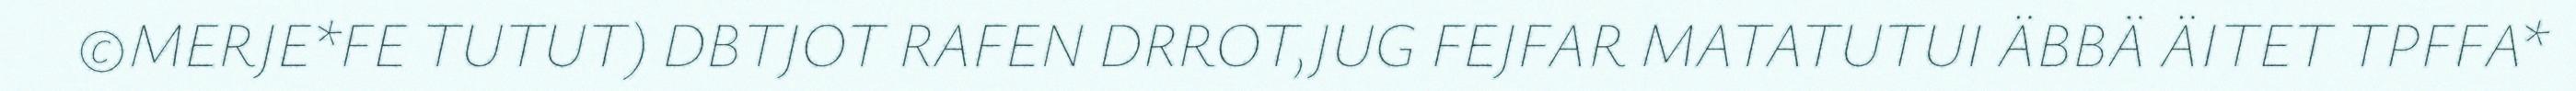
©MERJE*FE TUTUT) DBTJOT RAFEN DRROT,JUG FEJFAR MATATUTUI ÄBBÄ ÄITET TPFFA*